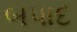
બપાદ